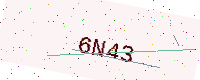
Text: 6N43